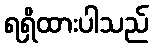
ရရှိထားပါသည်